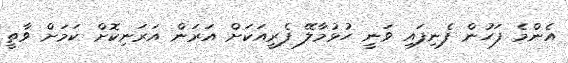
އެންމެ ފަހުން ފެނިފައި ވަނީ ހުޅުމާލޭ ފެރީއަކަށް އަރަން އަރަނިކޮށް ކަމަށް ވާތީ